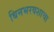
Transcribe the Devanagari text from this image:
बिनभरवशाचा